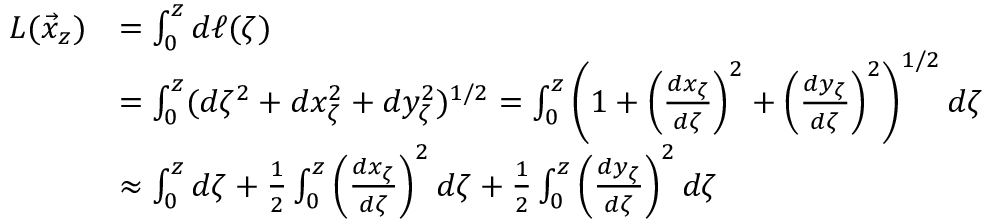
\begin{array} { r l } { L ( \vec { x } _ { z } ) } & { = \int _ { 0 } ^ { z } d \ell ( \zeta ) } \\ & { = \int _ { 0 } ^ { z } ( d \zeta ^ { 2 } + d x _ { \zeta } ^ { 2 } + d y _ { \zeta } ^ { 2 } ) ^ { 1 / 2 } = \int _ { 0 } ^ { z } \left( 1 + \left( \frac { d x _ { \zeta } } { d \zeta } \right) ^ { 2 } + \left( \frac { d y _ { \zeta } } { d \zeta } \right) ^ { 2 } \right) ^ { 1 / 2 } d \zeta } \\ & { \approx \int _ { 0 } ^ { z } d \zeta + \frac { 1 } { 2 } \int _ { 0 } ^ { z } \left( \frac { d x _ { \zeta } } { d \zeta } \right) ^ { 2 } d \zeta + \frac { 1 } { 2 } \int _ { 0 } ^ { z } \left( \frac { d y _ { \zeta } } { d \zeta } \right) ^ { 2 } d \zeta } \end{array}